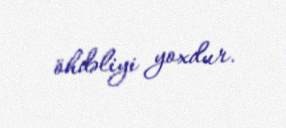
öhdəliyi yoxdur.